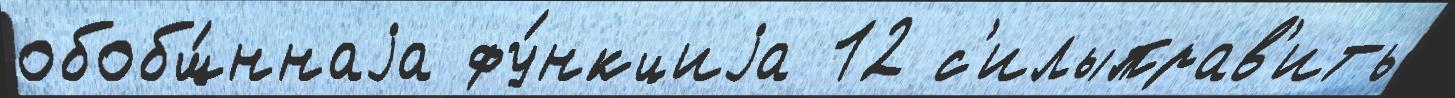
обобщ́ннаjа фу́нкциjа 12 с'илыправ'ить